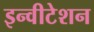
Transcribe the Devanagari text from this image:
इन्वीटेशन